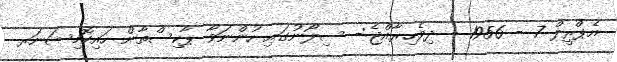
އެޕްރީލް 7 - 1956 - ދިވެހިރާއްޖެ:- ސިލޯނުގައި ހުންނަވާ ޕާކިސްތާން ހައިކޮމިޝަނަރ